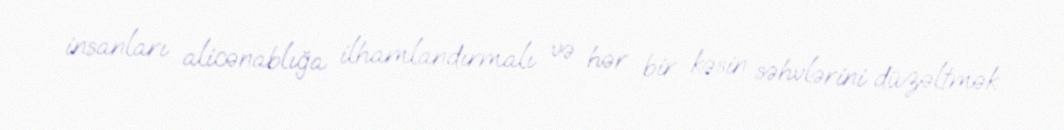
insanları alicənablığa ilhamlandırmalı və hər bir kəsin səhvlərini düzəltmək